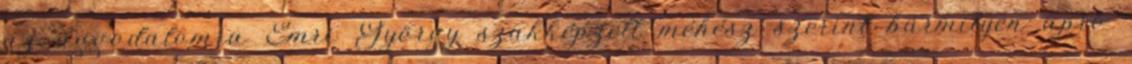
az aggodalomra Emri György szakképzett méhész szerint bármilyen apró